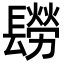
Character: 𨲮